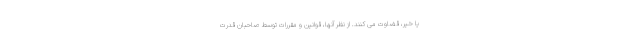
یا خیر، قضاوت می کنند. از نظر آنها، قوانین و مقررات توسط صاحبان قدرت